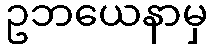
ဥဘယေနာမှ